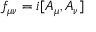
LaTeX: f _ { \mu \nu } = i [ A _ { \mu } , A _ { \nu } ]